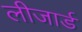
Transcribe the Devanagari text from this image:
लीजार्ड